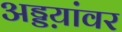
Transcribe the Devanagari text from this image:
अड्डय़ांवर